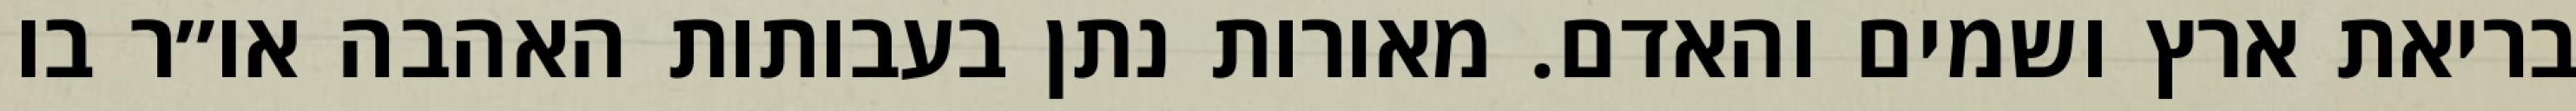
בריאת ארץ ושמים והאדם. מאורות נתן בעבותות האהבה או״ר בו